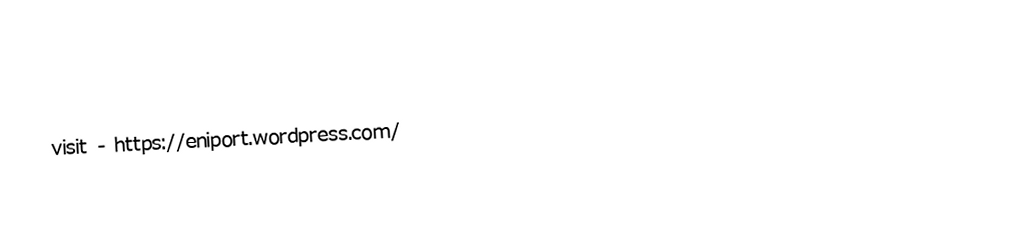
visit - https://eniport.wordpress.com/